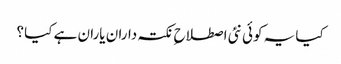
کیا یہ کوئی نئی اصطلاح ِ نکتہ داران یاران ہے کیا ؟